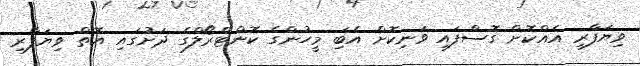
ވިޔަފާރި އެއްކޮށް ގޮސްފައި ވަނިކޮށް އެބަި މީހުންގެ ކޮންޓްރޯލްގެ ދަށުގައި އޮތް ވިޔަފާރި